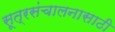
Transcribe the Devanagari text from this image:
सूत्रसंचालनासाठी